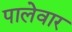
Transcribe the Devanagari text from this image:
पालेवार